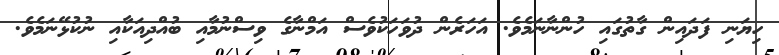
ހިޔަނި ފަދައިން ގާތުގައި ހުންނާނަމެވެ. އަހަރެން ދުވަހަކުވެސް އަމްނާގެ ވިސްނުމާއި ބުއްދިއަކާއި ނުކުޅޭނަމެވެ.